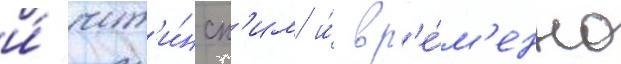
и́ чит'и́нск'им и́ вр'е́м'енно